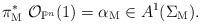
LaTeX: \begin{align*}\pi_\mathrm{M}^*\ \mathcal{O}_{\mathbb{P}^n}(1)=\alpha_\mathrm{M} \in A^1(\Sigma_\mathrm{M}).\end{align*}